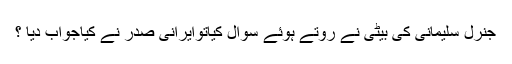
جنرل سلیمانی کی بیٹی نے روتے ہوئے سوال کیاتوایرانی صدر نے کیاجواب دیا ؟